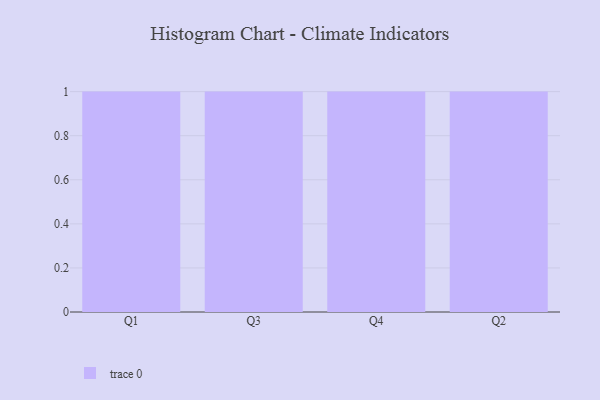
{"axis": {"x": "Quarter", "y": "Conversion Rate (%)"}, "legend": [""], "data": [{"x": "Q1", "y": 61, "type": ""}, {"x": "Q3", "y": 9, "type": ""}, {"x": "Q4", "y": 50, "type": ""}, {"x": "Q2", "y": 35, "type": ""}]}